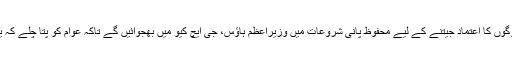
ان کا کہنا تھا کہ لوگوں کا اعتماد جیتنے کے لیے محفوظ پانی شروعات میں وزیراعظم ہاؤس، جی ایچ کیو میں بھجوائیں گے تاکہ عوام کو پتا چلے کہ یہ پانی محفوظ ہے۔